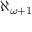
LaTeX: \aleph _ { \omega + 1 }